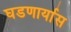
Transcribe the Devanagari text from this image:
घडणार्यास